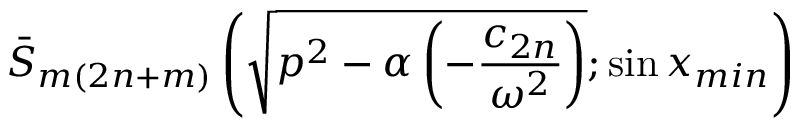
\bar { S } _ { m ( { 2 n } + m ) } \left( \sqrt { p ^ { 2 } - \alpha \left( - \frac { c _ { 2 n } } { \omega ^ { 2 } } \right) } ; \sin x _ { m i n } \right)